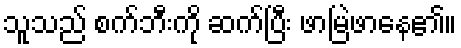
သူသည် စက်ဘီးကို ဆက်ပြီး ဖာမြဲဖာနေ၏။